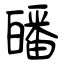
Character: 皤